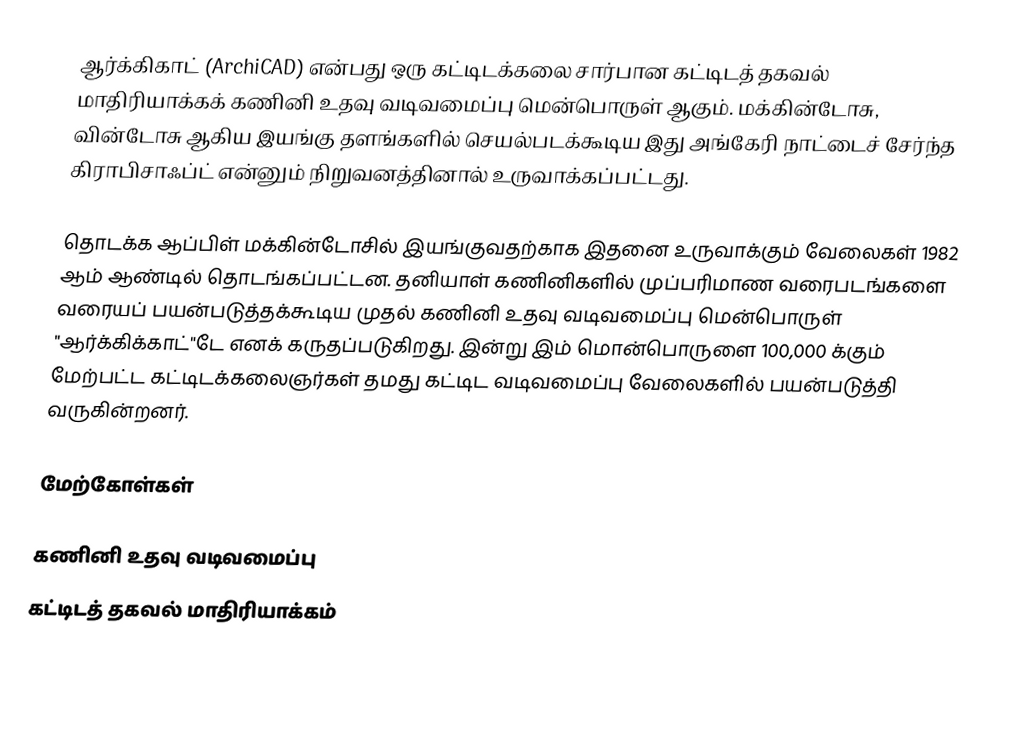
ஆர்க்கிகாட் (ArchiCAD) என்பது ஒரு கட்டிடக்கலை சார்பான கட்டிடத் தகவல் மாதிரியாக்கக் கணினி உதவு வடிவமைப்பு மென்பொருள் ஆகும். மக்கின்டோசு, வின்டோசு ஆகிய இயங்கு தளங்களில் செயல்படக்கூடிய இது அங்கேரி நாட்டைச் சேர்ந்த கிராபிசாஃப்ட் என்னும் நிறுவனத்தினால் உருவாக்கப்பட்டது.

தொடக்க ஆப்பிள் மக்கின்டோசில் இயங்குவதற்காக இதனை உருவாக்கும் வேலைகள் 1982 ஆம் ஆண்டில் தொடங்கப்பட்டன. தனியாள் கணினிகளில் முப்பரிமாண வரைபடங்களை வரையப் பயன்படுத்தக்கூடிய முதல் கணினி உதவு வடிவமைப்பு மென்பொருள் "ஆர்க்கிக்காட்"டே எனக் கருதப்படுகிறது. இன்று இம் மொன்பொருளை 100,000 க்கும் மேற்பட்ட கட்டிடக்கலைஞர்கள் தமது கட்டிட வடிவமைப்பு வேலைகளில் பயன்படுத்தி வருகின்றனர்.

மேற்கோள்கள்

கணினி உதவு வடிவமைப்பு
கட்டிடத் தகவல் மாதிரியாக்கம்